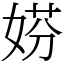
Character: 𡝱